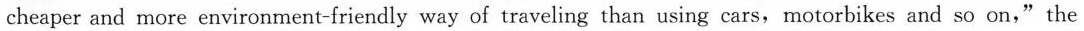
cheaper and more environment-friendly way of traveling than using cars, motorbikes and so on,"the